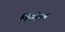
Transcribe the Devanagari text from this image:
सिसेम